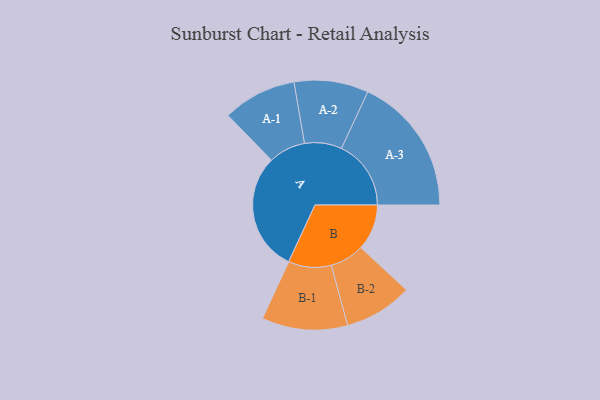
{"axis": {"x": "Segment", "y": "Value"}, "legend": ["", "A", "B"], "data": [{"x": "A", "y": 396, "type": ""}, {"x": "B", "y": 153, "type": ""}, {"x": "A-1", "y": 123, "type": "A"}, {"x": "A-2", "y": 124, "type": "A"}, {"x": "A-3", "y": 232, "type": "A"}, {"x": "B-1", "y": 143, "type": "B"}, {"x": "B-2", "y": 114, "type": "B"}]}